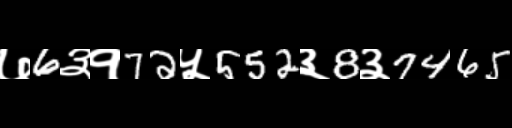
Text: ७6३१72५552३8३7465